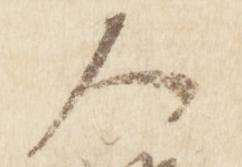
人